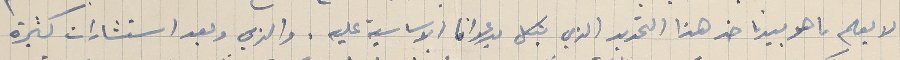
لا يعلم ما هو بيدنا ضد هذا التحرير الذي يتكل بدعوانا الاساسية عليه. والذي وبعد استشارات كثيرة